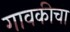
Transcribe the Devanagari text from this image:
गावकीचा